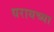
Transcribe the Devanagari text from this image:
धरायच्या